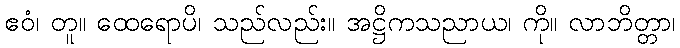
ဧဝံ၊ တူ။ ထေရောပိ၊ သည်လည်း။ အဋ္ဌိကသညာယ၊ ကို။ လာဘိတ္တာ၊